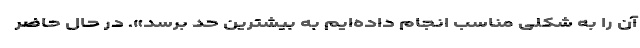
آن را به شکلی مناسب انجام داده‌ایم به بیشترین حد برسد». در حال حاضر